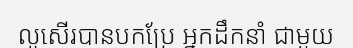
លូសើរបានបកប្រែ អ្នកដឹកនាំ ជាមួយ